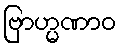
ဗြာဟ္မဏာဝ